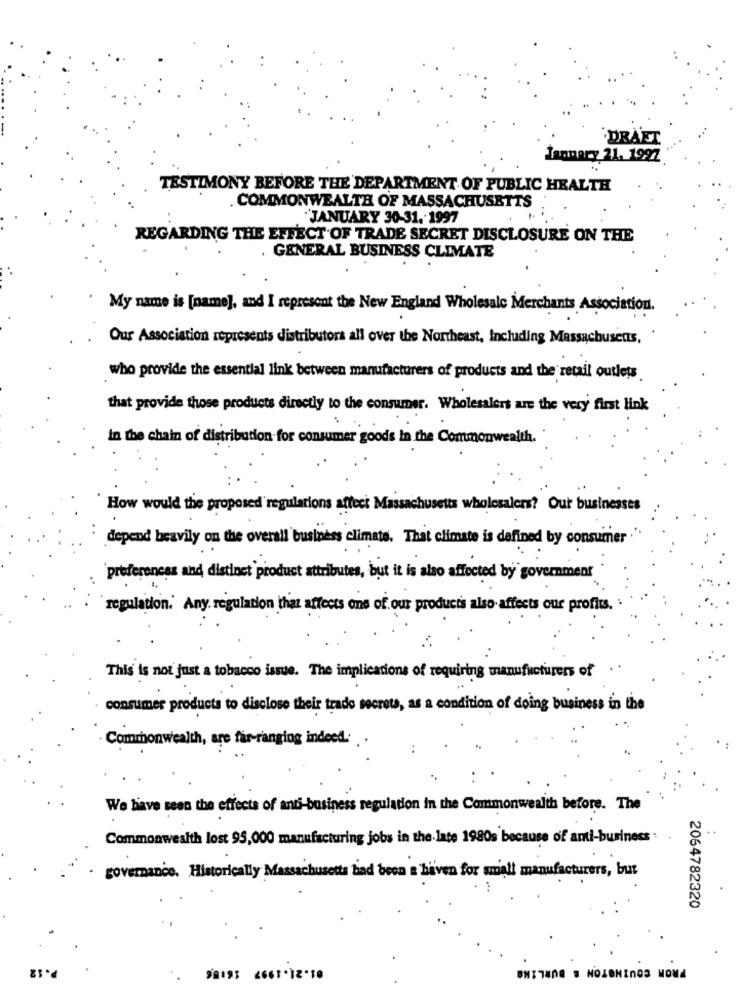
DRAFT
January 21. 1997
TESTIMONY BEFORE THE DEPARTMENT OF PUBLIC HEALTH
COMMONWEALTH OF MASSACHUSETTS
"JANUARY 30-31. 1997
REGARDING THE EFFECT OF TRADE SECRET DISCLOSURE ON THE
. GENERAL BUSINESS CLIMATE
My name is [name], and I represent the New England Wholesale Merchants Association.
Our Association represents distributors all over the Northeast, Including Massachusetts,
who provide the essential link between manufacturers of products and the retail outlets
that provide those products directly to the consumer. Wholesalers are the very first link
In the chain of distribution for consumer goods in the Commonwealth.
How would the proposed regulations affect Massachusetts wholesalers? Our businesses
depend heavily on the overall business climate. That climate is defined by consumer .
preferences and distinct product attributes, but it is also affected by government
regulation. Any. regulation that affects ons of our products also affects our profits.
This is not just a tobacco issue. The implications of requiring manufacturers of
consumer products to disclose their trade secrets, as a condition of doing business in the
Commonwealth, are får-ranging indeed.
We have seen the effects of anti-business regulation in the Commonwealth before. The
Commonwealth lost 95,000 manufacturing jobs in the late 1980s because of anti-business :
governance. Historically Massachusetts bad been a haven for small manufacturers, but
2064782320
98193 2661 . 12 . 10